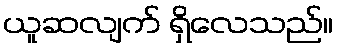
ယူဆလျက် ရှိလေသည်။